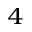
^ { 4 }